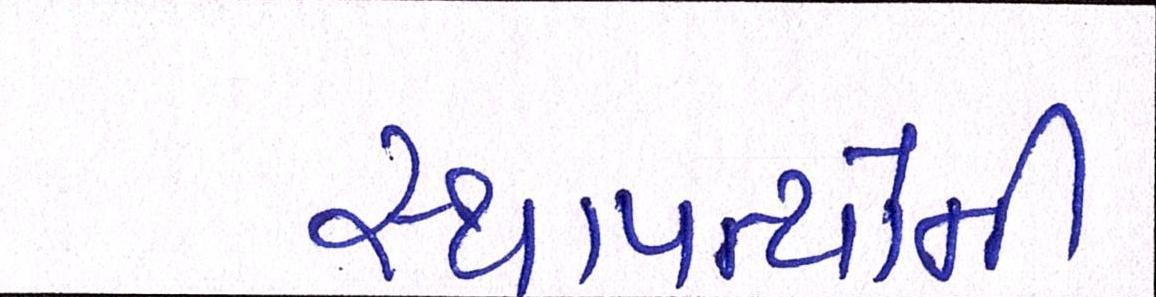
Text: સ્થાપત્યોની